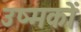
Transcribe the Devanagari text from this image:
उष्मकों